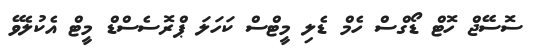
ސޮސޭޖް ހޮޓް ޑޯގްސް ހެމް ޑެލި މީޓްސް ކަހަލަ ޕްރޮސެސްޑް މީޓް އެކުލެވޭ